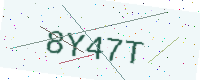
Text: 8Y47T